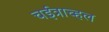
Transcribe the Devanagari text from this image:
चईत्राच्हल